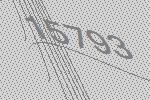
15793